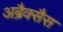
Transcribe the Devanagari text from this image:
अब्रैक्सैस